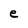
Character: e